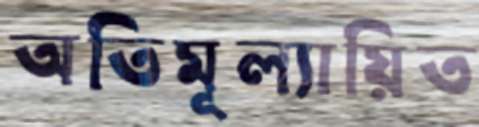
অতিমূল্যায়িত